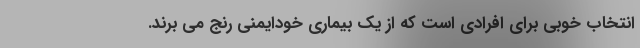
انتخاب خوبی برای افرادی است که از یک بیماری خودایمنی رنج می برند.